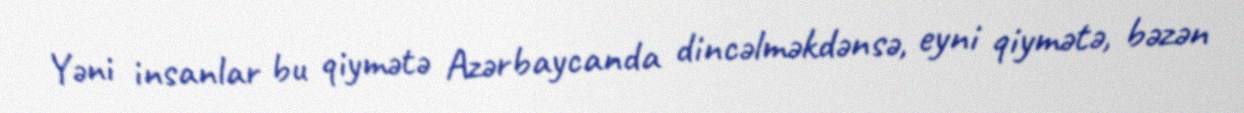
Yəni insanlar bu qiymətə Azərbaycanda dincəlməkdənsə, eyni qiymətə, bəzən